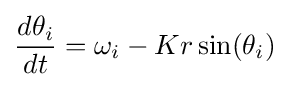
{\frac {d\theta _{i}}{dt}}=\omega _{i}-Kr\sin(\theta _{i})